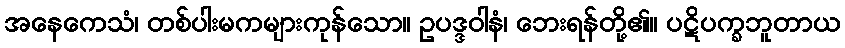
အနေကေသံ၊ တစ်ပါးမကများကုန်သော။ ဥပဒ္ဒဝါနံ၊ ဘေးရန်တို့၏။ ပဋိပက္ခဘူတာယ